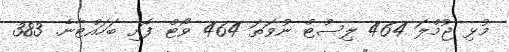
މުޅި ޖުމްލަ 464 ލިސްޓް ނުވަތަ 464 ވޯޓް ފޮށި ބަހައްޓާނެ. 383